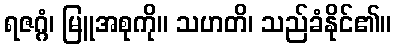
ရဇဂ္ဂံ၊ မြူအစုကို။ သဟတိ၊ သည်ခံနိုင်၏။